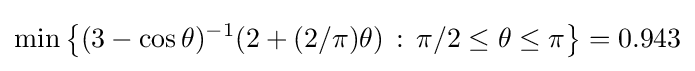
\min \left\{(3-\cos \theta )^{-1}(2+(2/\pi )\theta )\,:\,\pi /2\leq \theta \leq \pi \right\}=0.943